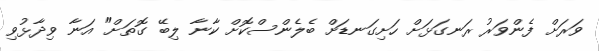
ވަރަށް ފެންވަރު ރަނގަޅަށް ހަށިގަނޑަށް ބެލެންސްކޮށް ކާނާ ލިބޭ ގޮތަށް" އަނާ ވިދާޅުވި